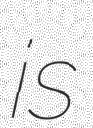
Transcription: is